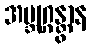
အဗ္ဘုဂ္ဂန္တွာန